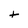
Character: t